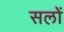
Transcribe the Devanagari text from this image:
सलों